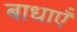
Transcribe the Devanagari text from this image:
बाधाऍं